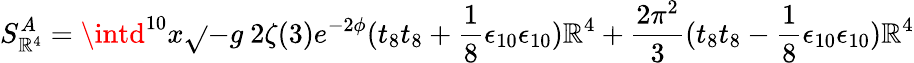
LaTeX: S_{\mathbb{R}^{4}}^{A}=\intd^{10}x\sqrt{}{{-g}}~2\zeta(3)e^{-2\phi}(t_{8}t_{8}+\frac{{1}}{{8}}\epsilon_{10}\epsilon_{10})\mathbb{R}^{4}+\frac{{2\pi^{2}}}{{3}}(t_{8}t_{8}-\frac{{1}}{{8}}\epsilon_{10}\epsilon_{10})\mathbb{R}^{4}